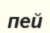
пей